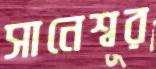
সানেশ্বর